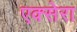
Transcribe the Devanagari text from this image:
एक्सेरा